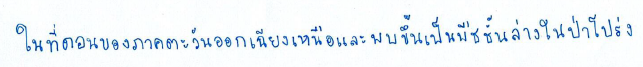
ในที่ดอนของภาคตะวันออกเฉียงเหนือและพบขึ้นเป็นพืชชั้นล่างในป่าโปร่ง